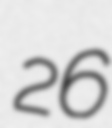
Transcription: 26